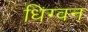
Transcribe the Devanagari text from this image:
धिग्वन